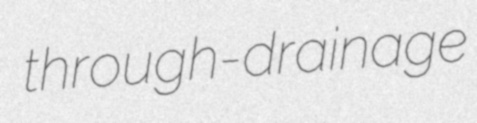
through-drainage